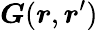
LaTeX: \boldsymbol{G}(\boldsymbol{r},\boldsymbol{r}^{\prime})